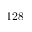
1 2 8